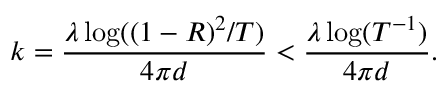
k = \frac { \lambda \log ( ( 1 - R ) ^ { 2 } / T ) } { 4 \pi d } < \frac { \lambda \log ( T ^ { - 1 } ) } { 4 \pi d } .